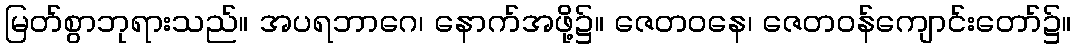
မြတ်စွာဘုရားသည်။ အပရဘာဂေ၊ နောက်အဖို့၌။ ဇေတဝနေ၊ ဇေတဝန်ကျောင်းတော်၌။